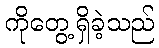
ကိုတွေ့ရှိခဲ့သည်